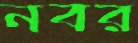
নবর